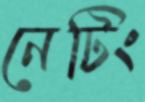
নেটিং